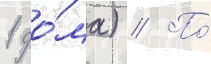
1 до́ма) // По́